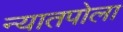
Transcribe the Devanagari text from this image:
न्यातपोला